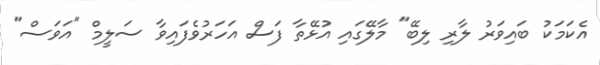
އެކަމަކު ބައިވަރު ލާރި ލިބޭ" މާލޭގައި އުޅޭތާ ފަސް އަހަރުވެފައިވާ ސަލީމް "އަވަސް"